Vaccination in Bombay 1856-1862 - 1856-1862
Year: 1856
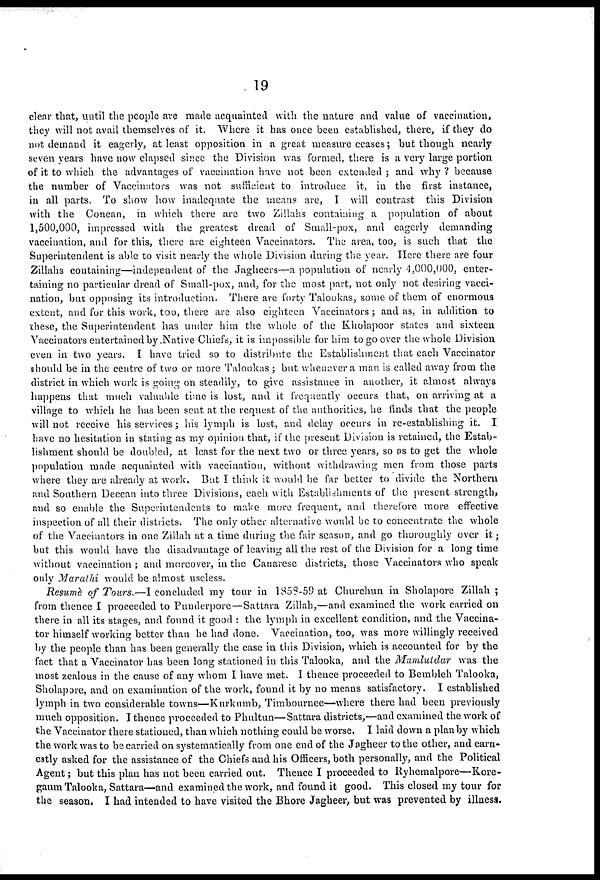
19
clear that, until the people are made acquainted with the nature and value of vaccination,
they will not avail themselves of it. Where it has once been established, there, if they do
not demand it eagerly, at least opposition in a great measure cases; but though nearly
seven years have now elapsed since the Division was formed, there is a very large portion
of it to which the advantages of vaccination have not been extended ; and why ? because
the number of Vaccinators was not sufficient to introduce it, in the first instance,
in all parts. To show how inadequate the means are, I will contrast this Division
with the Concan, in which there are two Zillahs containing a population of about
1,500,000, impressed with the greatest dread of Small-pox, and eagerly demanding
vaccination, and for this, there are eighteen Vaccinators. The area, too, is such that the
Superintendent is able to visit nearly the whole Division during the year. Here there are four
Zillahs containing—independent of the Jagheers—a population of nearly 4,000,000, enter-
taining no particular dread of Small-pox, and, for the most part, not only not desiring vacci-
nation, but opposing its introduction. There are forty Talookas, some of them of enormous
extent, and for this work, too, there are also eighteen Vaccinators ; and as, in addition to
these, the Superintendent has under him the whole of the Kholapoor states and sixteen
Vaccinators entertained by Native Chiefs, it is impossible for him to go over the whole Division
even in two years. I have tried so to distribute the Establishment that each Vaccinator
should be in the centre of two or more Talookas ; but whenever a man is called away from the
district in which work is going on steadily, to give assistance in another, it almost always
happens that much valuable time is lost, and it frequently occurs that, on arriving at a
village to which he has been sent at the request of the authorities, he finds that the people
will not receive his services; his lymph is lost, and delay occurs in re-establishing it. I
have no hesitation in stating as my opinion that, if the present Division is retained, the Estab-
lishment should be doubled, at least for the next two or three years, so as to get the whole
population made acquainted with vaccination, without withdrawing men from those parts
where they are already at work. But I think it would be far better to divide the Northern
and Southern Deccan into three Divisions, each with Establishments of the present strength,
and so enable the Superintendents to make more frequent, and therefore more effective
inspection of all their districts. The only other alternative would be to concentrate the whole
of the Vaccinators in one Zillah at a time during the fair season, and go thoroughly over it;
but this would have the disadvantage of leaving all the rest of the Division for a long time
without vaccination; and moreover, in the Canarese districts, those Vaccinators who speak
only Marathi would be almost useless.
Resumè of Tours.—I concluded my tour in 1858-59 at Churchun in Sholapore Zillah ;
from thence I proceeded to Punderpore—Sattara Zillah,—and examined the work carried on
there in all its stages, and found it good : the lymph in excellent condition, and the Vaccina-
tor himself working better than be had done. Vaccination, too, was more willingly received
by the people than has been generally the case in this Division, which is accounted for by the
fact that a Vaccinator has been long stationed in this Talooka, and the Mamlutdar
was the
most zealous in the cause of any whom I have met. I thence proceeded to Bembleh Talooka,
Sholapore, and on examination of the work, found it by no means satisfactory. I established
lymph in two considerable towns—Kurkumb, Timbournee—where there had been previously
much opposition. I thence proceeded to Phultun—Sattara districts,—and examined the work of
the Vaccinator there stationed, than which nothing could be worse. I laid down a plan by which
the work was to be carried on systematically from one end of the Jagheer to the other, and earn-
estly asked for the assistance of the Chiefs and his Officers, both personally, and the Political
Agent; but this plan has not been carried out. Thence I proceeded to Ryhemalpore—Kore¬
gaum Talooka, Sattara—and examined the work, and found it good. This closed my tour for
the season. I had intended to have visited the Bhore Jagheer, but was prevented by illness.